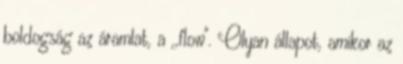
boldogság az áramlat, a ,,flow". Olyan állapot, amikor az